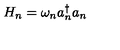
H _ { n } = \omega _ { n } a _ { n } ^ { \dagger } a _ { n }